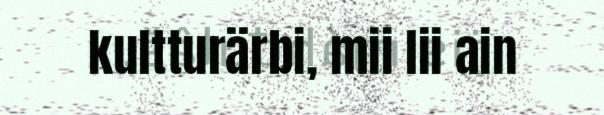
kultturärbi, mii lii ain